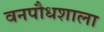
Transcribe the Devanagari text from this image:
वनपौधशाला